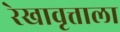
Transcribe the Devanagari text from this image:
रेखावृत्ताला